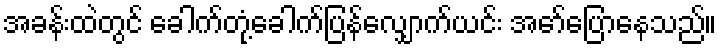
အခန်းထဲတွင် ခေါက်တုံ့ခေါက်ပြန်လျှောက်ယင်း အော်ပြောနေသည်။